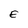
Character: E